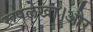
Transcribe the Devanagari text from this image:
रूपलेखा।और